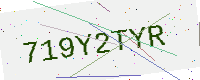
Text: 719Y2TYR